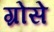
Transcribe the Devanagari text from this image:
ग्रोसे